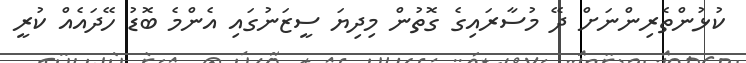
ކުޅުންތެރިންނަށް ދޭ މުސާރައިގެ ގޮތުން މިދިޔަ ސީޒަނުގައި އެންމެ ބޮޑު ހޭދައެއް ކުރީ